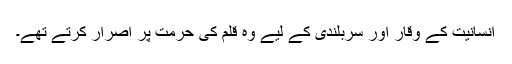
انسانیت کے وقار اور سربلندی کے لیے وہ قلم کی حرمت پر اصرار کرتے تھے۔